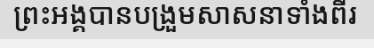
ព្រះអង្គបានបង្រួមសាសនាទាំងពីរ